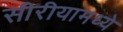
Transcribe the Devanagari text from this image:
सीरीयामध्ये